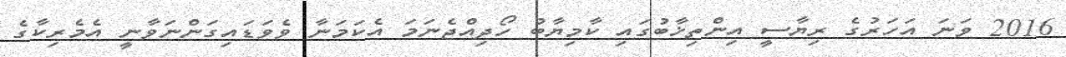
2016 ވަނަ އަހަރުގެ ރިޔާސީ އިންތިޚާބުގައި ކާމިޔާބު ހޯދިއްޖެނަމަ އެކަމަނާ ވެވަޑައިގަންނަވާނީ އެމެރިކާގެ